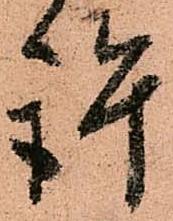
許